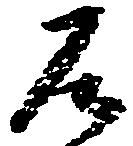
左